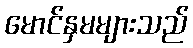
မောင်နှမများသည်